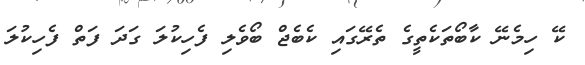
ކޭ ހިމެނޭ ކާބޯތަކެތީގެ ތެރޭގައި ކެބެޖް ބޯވެލި ފެހިކުލަ ގަދަ ފަތް ފެހިކުލަ